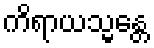
ကိရာယသ္မန္တေ